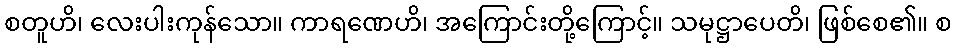
စတူဟိ၊ လေးပါးကုန်သော။ ကာရဏေဟိ၊ အကြောင်းတို့ကြောင့်။ သမုဋ္ဌာပေတိ၊ ဖြစ်စေ၏။ စ